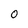
Character: 0